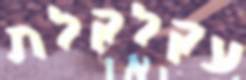
עקלקלת